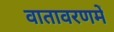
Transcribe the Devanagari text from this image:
वातावरणमें